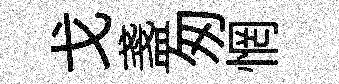
戈盞匆惘